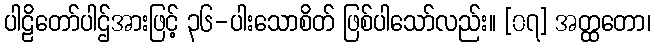
ပါဠိတော်ပါဌ်အားဖြင့် ၃၆-ပါးသောစိတ် ဖြစ်ပါသော်လည်း။ [၀၇] အတ္ထတော၊